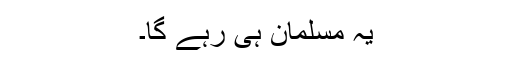
یہ مسلمان ہی رہے گا۔